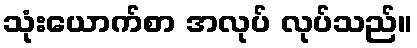
သုံးယောက်စာ အလုပ် လုပ်သည်။